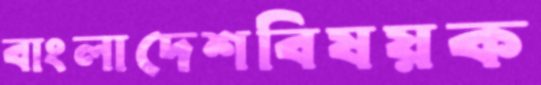
বাংলাদেশবিষয়ক